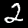
Digit: 2